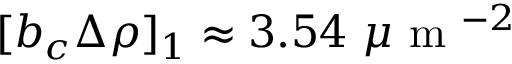
[ b _ { c } \Delta \rho ] _ { 1 } \approx 3 . 5 4 ~ \mu \textrm { m } ^ { - 2 }